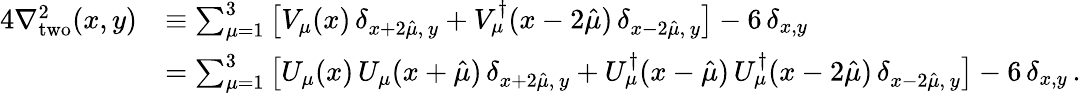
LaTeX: \begin{array}{rl}{4\nabla_{\mathrm{two}}^{2}(x,y)}&{\equiv\sum_{\mu=1}^{3}\big[V_{\mu}(x)\, \delta_{x+2\hat{\mu},\, y}+V_{\mu}^{\dagger}(x-2\hat{\mu})\, \delta_{x-2\hat{\mu},\, y}\big]-6\, \delta_{x,y}}\\ &{=\sum_{\mu=1}^{3}\big[U_{\mu}(x)\, U_{\mu}(x+\hat{\mu})\, \delta_{x+2\hat{\mu},\, y}+U_{\mu}^{\dagger}(x-\hat{\mu})\, U_{\mu}^{\dagger}(x-2\hat{\mu})\, \delta_{x-2\hat{\mu},\, y}\big]-6\, \delta_{x,y}\, .}\end{array}